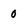
Character: 0